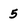
Character: 5